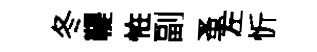
冬鞮恠副蚤左忻